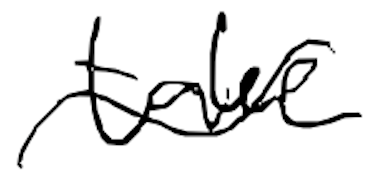
Text: take
Cross-out: wave
Writing tool: digital_black